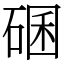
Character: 碅